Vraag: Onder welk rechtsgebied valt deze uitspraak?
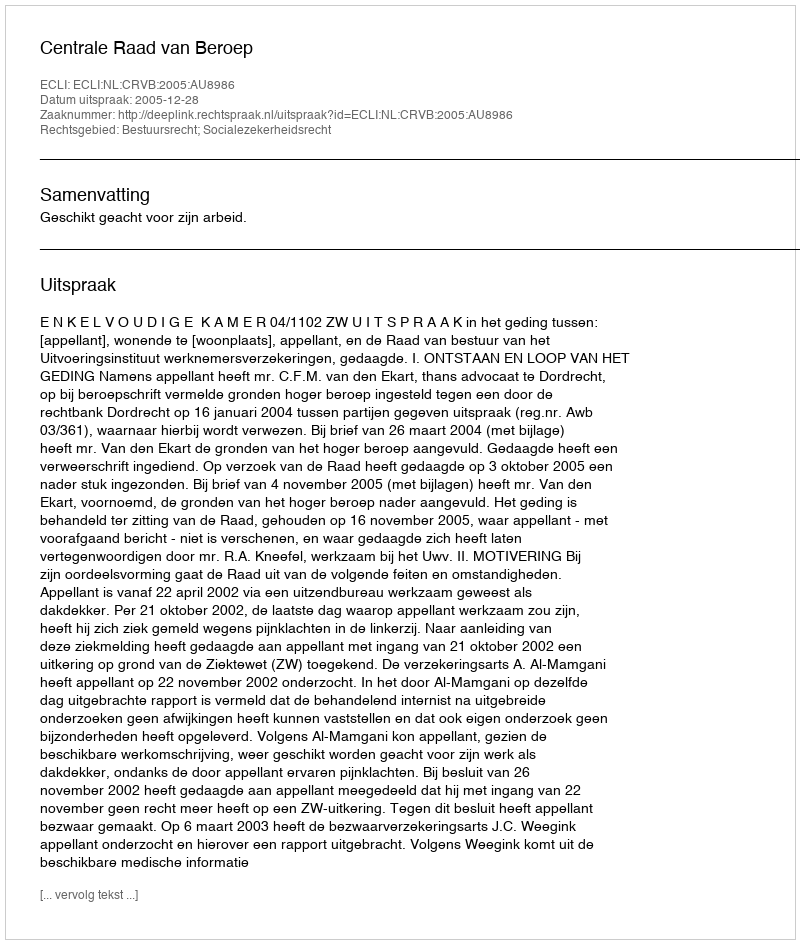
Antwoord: Bestuursrecht; Socialezekerheidsrecht